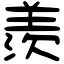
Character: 羨